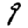
Digit: 9